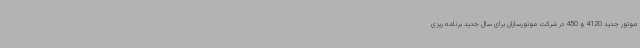
موتور جدید 4120 و 450 در شرکت موتورسازان برای سال جدید برنامه ریزی